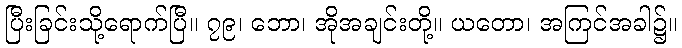
ပြီးခြင်းသို့ရောက်ပြီ။ ၇၉၊ ဘော၊ အိုအချင်းတို့။ ယတော၊ အကြင်အခါ၌။